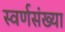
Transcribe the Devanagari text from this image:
स्वर्णसंख्या